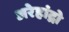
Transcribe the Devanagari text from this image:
अरेहांद्रो